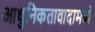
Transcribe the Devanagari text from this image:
आधुनिकतावादामध्ये